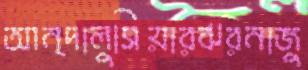
আন্দালুসিয়ারঝরনাজু